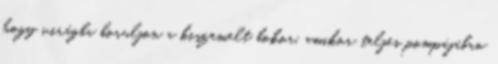
hogy virágba boruljon a kiszemelt bokor, amikor teljes pompájában